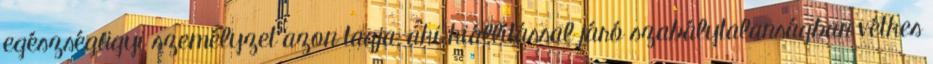
egészségügyi személyzet azon tagja, aki kiállítással járó szabálytalanságban vétkes